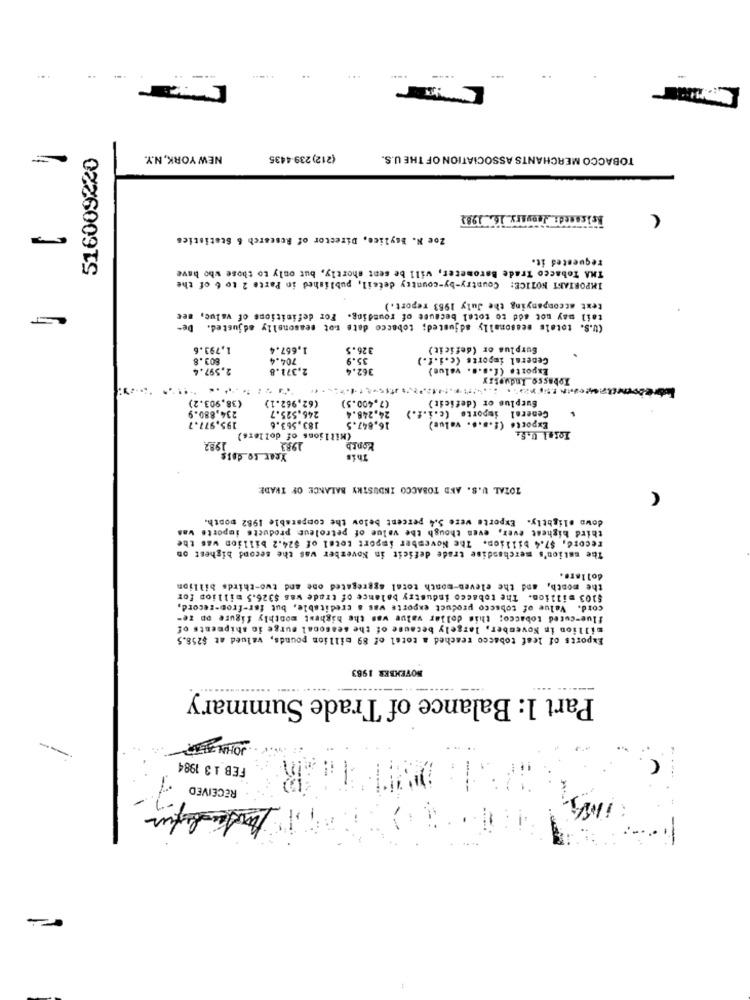
..
516009220
NEW YORK, N.Y.
(212) 239-4435
TOBACCO MERCHANTS ASSOCIATION OF THE U.S.
Bolsamed : January 16. 1983
Zoe H. Baylice, Director of Research & Statistics
requested it.
e Barometer, will be sent shortly, but only to those who have
THA Tobacco Trade B
IMPORTANT NOTICE: Country-by-country defeil, published in Parte 2 to 6 of the
text accompanying the July 1963 report.)
tail may not add to totel because of rounding. For definitions of valuc, see
(U.S. totals seasonally adjusted; tobacco date tot seasonally adjusted. De-
1,793.6
1,667.4
326.5
Surplus or (deficit)
803.8
704.4
35.9
Ceneral imports (c.i.f.)
2.597.4
2.371.8
362.4
Exporto (f.s.s. value}
Tobasso Industry
(38,903.2)
(62.962.1)
(7,400.5)
Surplus or (deficit)
General importe (c.i.f.)
234,880.9
246.525.7
24.248.4
195.977.7
183.563.6
16.847.5
Exporte (f.a.s. value)
Total U.S.
(Millions of dollars)
1992
Year to dois
1983
Month
This
TOTAL U.S. AND TOBACCO INDUSTRY BALANCE OF TRADE
A
down slightly. Exporte were 5.4 percent below the comparable 1962 month.
third bighest ever, even though the value of petroleum products importe was
record, $7.4 billion. The November import total of $24.2 billion was the
The nation's merchandise trade deficit in November was the second bighest on
dollar ..
the month, and the eleven-month total aggregated one and two-thirds billion
$103 million. The tobacco industry balance of trade was $326.5 million for
cord. Value of tobacco product exports was a creditable, but for-from-record,
flue-cured tobacco; this dollar value was the highest monthly figure op re-
million in November, largely because of the seasonal surge in shipments of
Exports of leaf tobacco reached a total of 89 million pounds, valued at $258.5
NOVEMBER 1983
......
Part 1: Balance of Trade Summary
JOHN BLIR
FEB 1 3 1984
RECEIVED